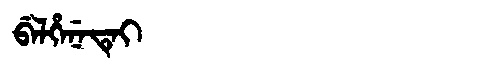
Manchu: ᠪᡝᠯᡥᡝᠨᡝᡨᡝᡳ
Romanization: BELHENETEI